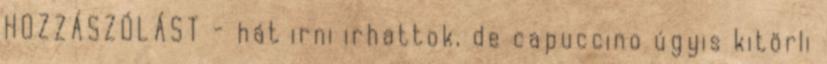
HOZZÁSZÓLÁST - hát irni irhattok, de capuccino úgyis kitörli